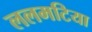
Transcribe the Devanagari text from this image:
ललमटिया